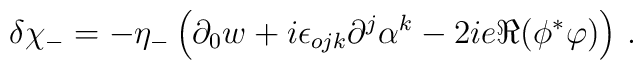
\delta \chi_-=-\eta_- \left( \partial_0 w +i\epsilon_{ojk}\partial^j \alpha^k -2i e \Re ( \phi^* \varphi ) \right) \,.